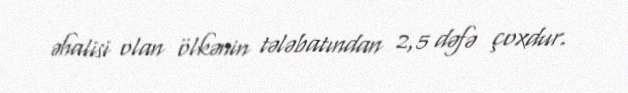
əhalisi olan ölkənin tələbatından 2,5 dəfə çoxdur.